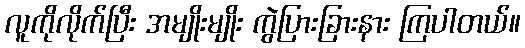
လူကိုလိုက်ပြီး အမျိုးမျိုး ကွဲပြားခြားနား ကြပါတယ်။